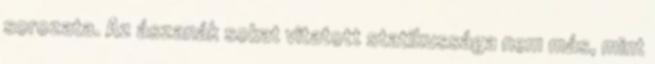
sorozata. Az ászanák sokat vitatott statikussága nem más, mint